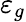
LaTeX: \varepsilon_{g}